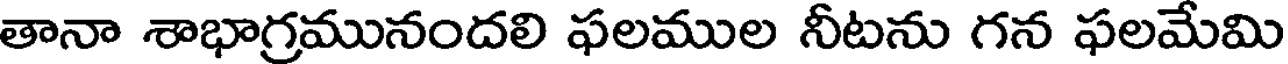
తానా శాభాగ్రమునందలి ఫలముల నీటను గన ఫలమేమి